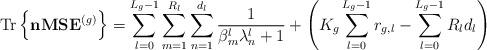
LaTeX: \begin{align*}\operatorname{Tr}\left\{\mathbf{nMSE}^{(g)}\right\}=\sum_{l=0}^{L_g-1}\sum_{m=1}^{R_l}\sum_{n=1}^{d_l}\frac{1}{\beta_m^l \lambda_n^l+1} +\left(K_g\sum_{l=0}^{L_g-1}r_{g,l}-\sum_{l=0}^{L_g-1}R_ld_l\right)\end{align*}